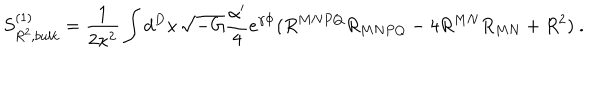
LaTeX: S _ { R ^ { 2 } , b u l k } ^ { ( 1 ) } = \frac { 1 } { 2 \kappa ^ { 2 } } \int d ^ { D } x \, \sqrt { - G } \frac { \alpha ^ { \prime } } { 4 } e ^ { \gamma \Phi } ( R ^ { M N P Q } R _ { M N P Q } - 4 R ^ { M N } R _ { M N } + R ^ { 2 } ) ~ .